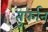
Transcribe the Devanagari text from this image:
तुर्फान